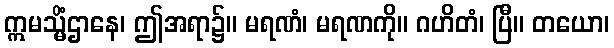
ဣမသ္မိံဌာနေ၊ ဤအရာ၌။ မရဏံ၊ မရဏကို။ ဂဟိတံ၊ ပြီ။ တယော၊